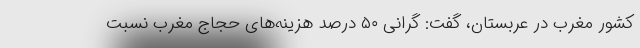
کشور مغرب در عربستان، گفت: گرانی ۵۰ درصد هزینه‌های حجاج مغرب نسبت